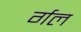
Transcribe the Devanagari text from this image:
र्गल